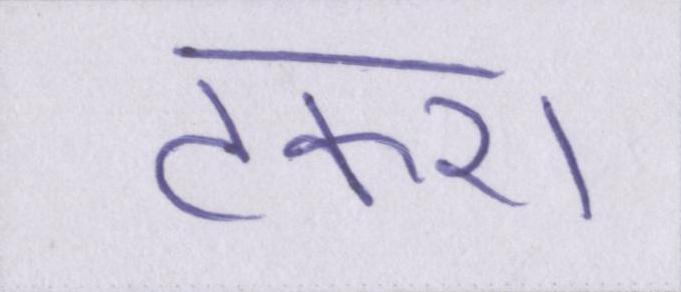
टकरा